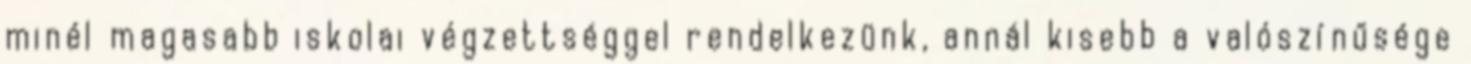
minél magasabb iskolai végzettséggel rendelkezünk, annál kisebb a valószínűsége